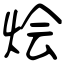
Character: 烩